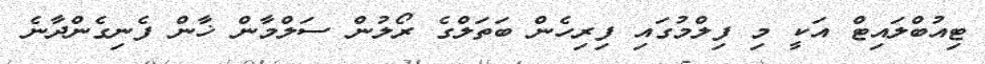
ޓިއުބްލައިޓް އަކީ މި ފިލްމުގައި ފިރިހެން ބަތަލްގެ ރޯލުން ސަލްމާން ޚާން ފެނިގެންދާނެ